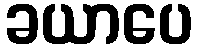
ခယာပေ